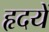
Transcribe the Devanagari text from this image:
हृदयें